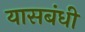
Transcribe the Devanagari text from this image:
यासबंधी